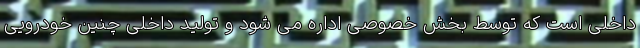
داخلی است که توسط بخش خصوصی اداره می شود و تولید داخلی چنین خودرویی